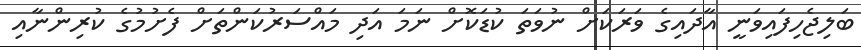
ބަލިޖެހިފައިވަނީ އާދައިގެ ވަރަކަށް ނުވަތަ ކުޑަކޮށް ނަމަ އަދި މައްސަރުކަންތަށް ފެށުމުގެ ކުރިންނާއި